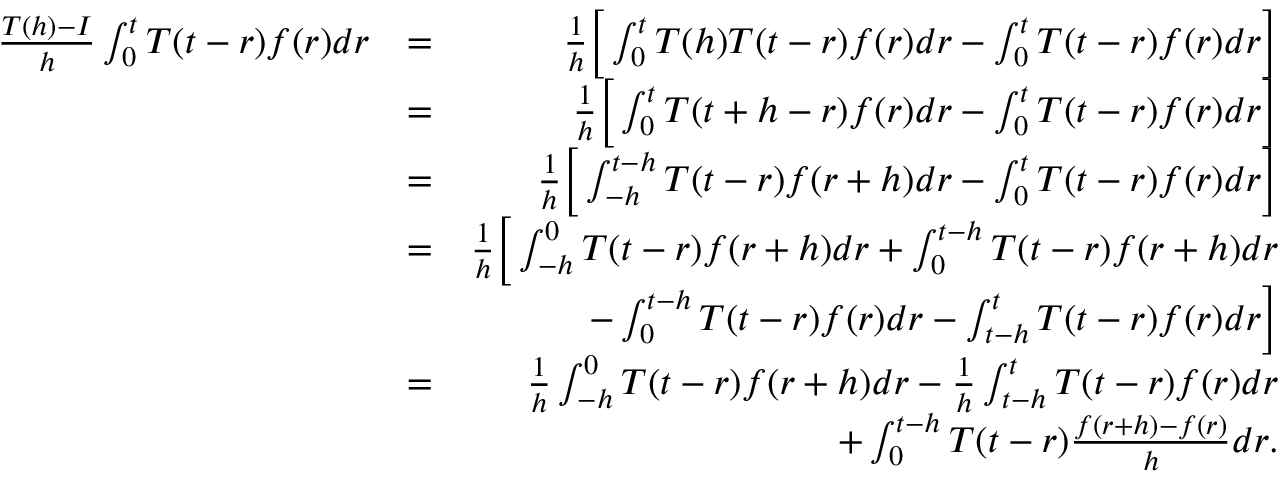
\begin{array} { r l r } { \frac { T ( h ) - I } { h } \int _ { 0 } ^ { t } T ( t - r ) f ( r ) d r } & { = } & { \frac { 1 } { h } \Big [ \int _ { 0 } ^ { t } T ( h ) T ( t - r ) f ( r ) d r - \int _ { 0 } ^ { t } T ( t - r ) f ( r ) d r \Big ] } \\ & { = } & { \frac { 1 } { h } \Big [ \int _ { 0 } ^ { t } T ( t + h - r ) f ( r ) d r - \int _ { 0 } ^ { t } T ( t - r ) f ( r ) d r \Big ] } \\ & { = } & { \frac { 1 } { h } \Big [ \int _ { - h } ^ { t - h } T ( t - r ) f ( r + h ) d r - \int _ { 0 } ^ { t } T ( t - r ) f ( r ) d r \Big ] } \\ & { = } & { \frac { 1 } { h } \Big [ \int _ { - h } ^ { 0 } T ( t - r ) f ( r + h ) d r + \int _ { 0 } ^ { t - h } T ( t - r ) f ( r + h ) d r } \\ & { } & { \qquad - \int _ { 0 } ^ { t - h } T ( t - r ) f ( r ) d r - \int _ { t - h } ^ { t } T ( t - r ) f ( r ) d r \Big ] } \\ & { = } & { \frac { 1 } { h } \int _ { - h } ^ { 0 } T ( t - r ) f ( r + h ) d r - \frac { 1 } { h } \int _ { t - h } ^ { t } T ( t - r ) f ( r ) d r } \\ & { } & { + \int _ { 0 } ^ { t - h } T ( t - r ) \frac { f ( r + h ) - f ( r ) } { h } d r . } \end{array}